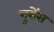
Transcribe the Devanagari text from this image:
नुरोंस